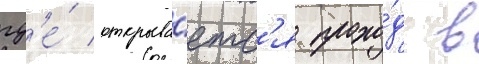
гд'е́ открыва́етс'я прохо́д в